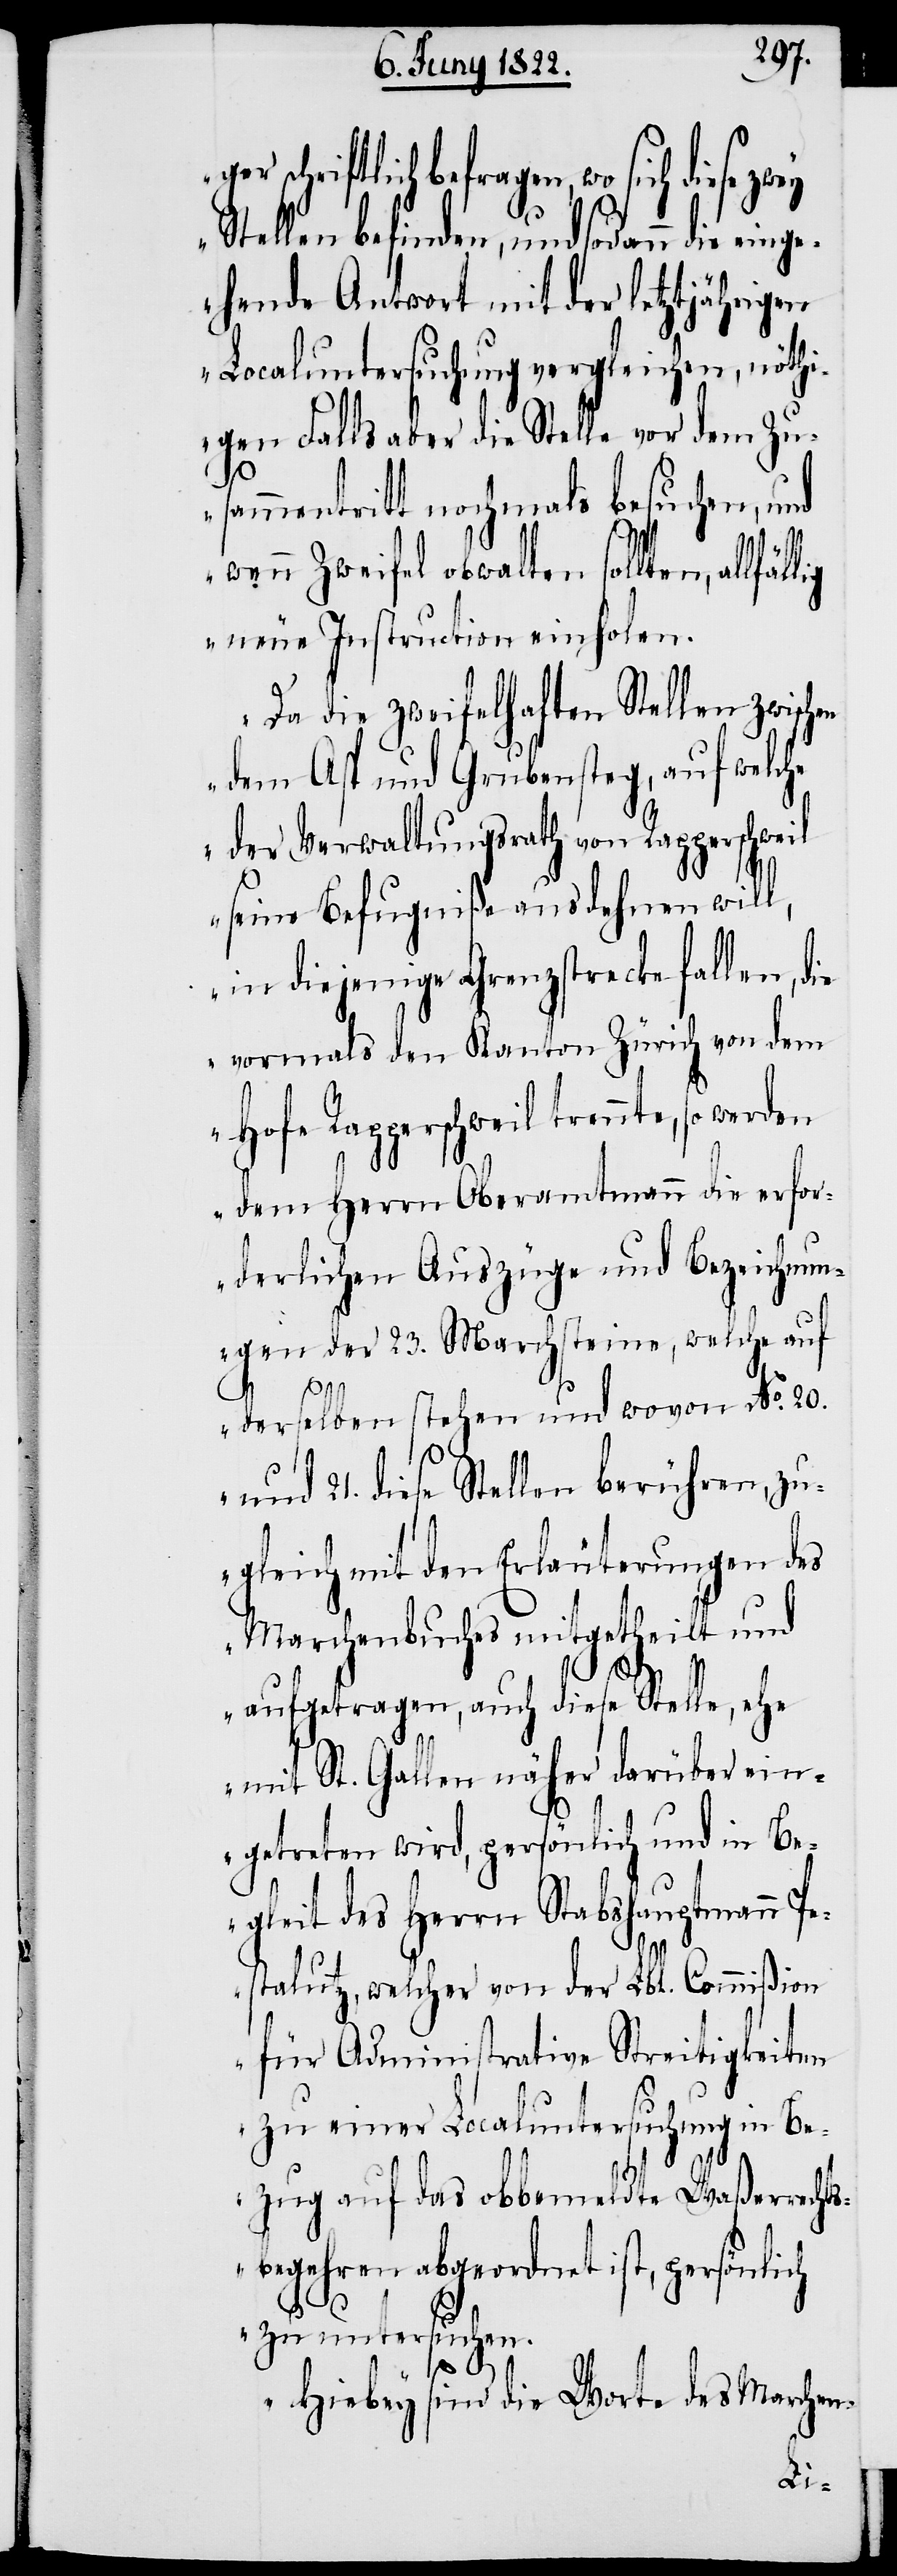
schriftlich befragen, wo sich diese
Stellen befinden, und sodann die eing¬
ehende Antwort mit der letztjährigen
Localuntersuchung vergleichen, nöthi¬
gen Falls aber die Stelle vor dem Zu¬
sammentritt nochmals besuchen, und
wenn Zweifel obwalten sollten,
neue Instruction einholen.
Da die zweifelhaften Stellen zwischen
dem Asp und Grubensteg, auf welche
der Verwaltungsrath von Rapperschweil
seine Befugniße ausdehnen will,
in diejenige Grenzstrecke fallen, d¬
vormals den Kanton Zürich von dem
Hofe Rapperschweil trennte, so werden
dem Herrn Obermamtmann die erfor¬
derlichen Auszüge und Bezeichnun¬
gen der 23. Marchsteine, welche auf
derselben stehen und wovon No. 20.
und 21. diese Stellen berühren, zu¬
gleich mit den Erläuterungen des
Marchenbuches mitgetheilt und
aufgetragen, auch diese Stelle, ehe
mit St. Gallen näher darüber ein¬
getreten wird, persönlich und in Be¬
gleit des Herrn Stabshauptmann Pe¬
stalutz, welcher von der Lbl. Commißion
für Administrative Streitigkeiten
zu einer Localuntersuchung in Be¬
ie
zug auf das obbemeldte Waßerrechts¬
begehren abgeordnet ist, persönlich
zu untersuchen.
Hiebey sind die Worte des Marchen-